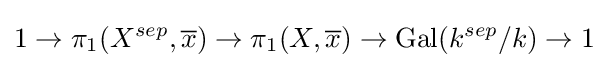
1\to \pi _{1}(X^{sep},{\overline {x}})\to \pi _{1}(X,{\overline {x}})\to \operatorname {Gal} (k^{sep}/k)\to 1